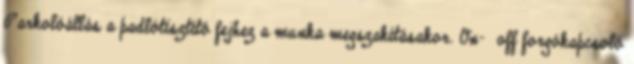
Parkolóállás a padlótisztító fejhez a munka megszakításakor. On- off forgókapcsoló